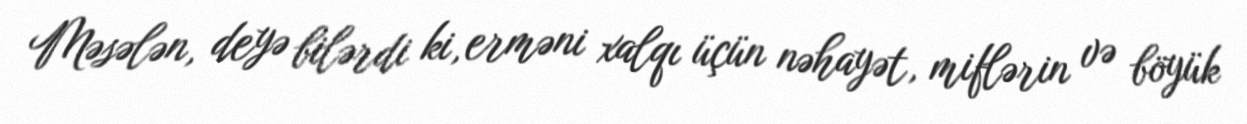
Məsələn, deyə bilərdi ki, erməni xalqı üçün nəhayət, miflərin və böyük